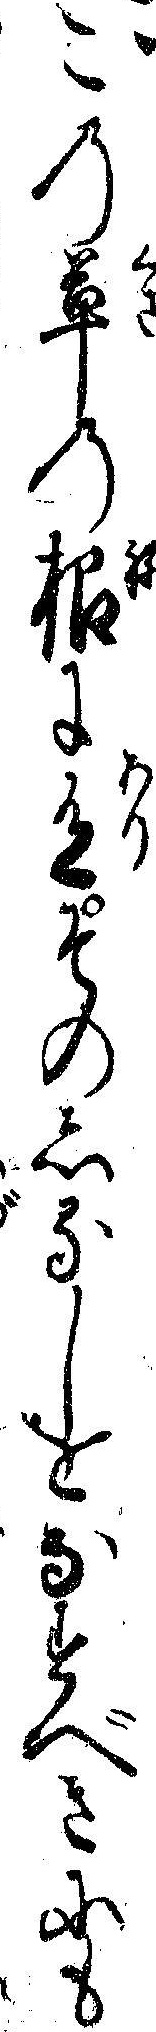
この草の根に有そのしるしをなすべきにも